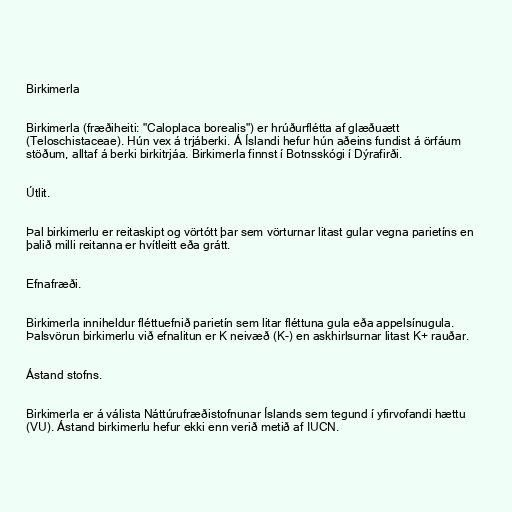
Birkimerla

Birkimerla (fræðiheiti: "Caloplaca borealis") er hrúðurflétta af glæðuætt
(Teloschistaceae). Hún vex á trjáberki. Á Íslandi hefur hún aðeins fundist á örfáum
stöðum, alltaf á berki birkitrjáa. Birkimerla finnst í Botnsskógi í Dýrafirði.

Útlit.

Þal birkimerlu er reitaskipt og vörtótt þar sem vörturnar litast gular vegna parietíns en
þalið milli reitanna er hvítleitt eða grátt.

Efnafræði.

Birkimerla inniheldur fléttuefnið parietín sem litar fléttuna gula eða appelsínugula.
Þalsvörun birkimerlu við efnalitun er K neivæð (K-) en askhirlsurnar litast K+ rauðar.

Ástand stofns.

Birkimerla er á válista Náttúrufræðistofnunar Íslands sem tegund í yfirvofandi hættu
(VU). Ástand birkimerlu hefur ekki enn verið metið af IUCN.